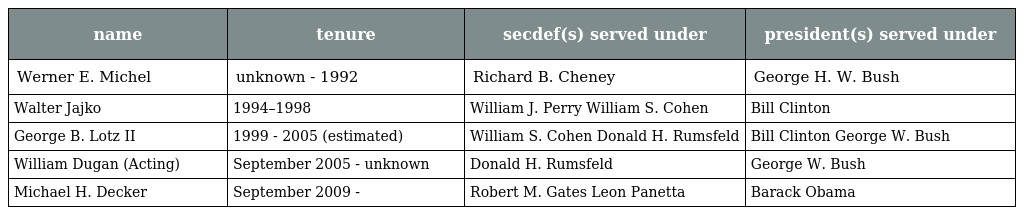
| name | tenure | secdef(s) served under | president(s) served under |
 | --- | --- | --- | --- |
 | Werner E. Michel | unknown - 1992 | Richard B. Cheney | George H. W. Bush |
 | Walter Jajko | 1994–1998 | William J. Perry William S. Cohen | Bill Clinton |
 | George B. Lotz II | 1999 - 2005 (estimated) | William S. Cohen Donald H. Rumsfeld | Bill Clinton George W. Bush |
 | William Dugan (Acting) | September 2005 - unknown | Donald H. Rumsfeld | George W. Bush |
 | Michael H. Decker | September 2009 - | Robert M. Gates Leon Panetta | Barack Obama |